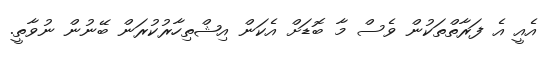
އެއީ އެ ފަރާތްތަކުން ވެސް މާ ބޮޑަށް އެކަން އިޝްތިހާރުކުރަން ބޭނުން ނުވާތީ.